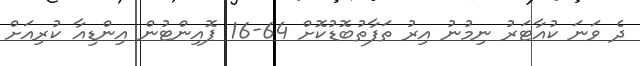
ދެ ވަނަ ކުއާޓަރު ނިމުނު އިރު ތަފާތުބޮޑުކޮށް 64-16 ޕޮއިންޓުން އިންޑިއާ ކުރިއަށް